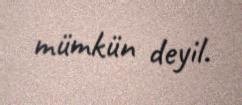
mümkün deyil.